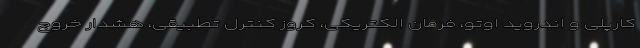
کارپلی و اندروید اوتو، فرمان الکتریکی، کروز کنترل تطبیقی، هشدار خروج